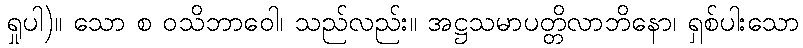
ရှုပါ)။ သော စ ဝသိဘာဝေါ၊ သည်လည်း။ အဋ္ဌသမာပတ္တိလာဘိနော၊ ရှစ်ပါးသော